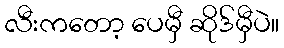
လီးကတော့ ပေမှီ ဆိုဒ်မှီပဲ။